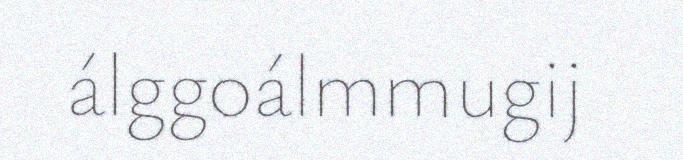
álggoálmmugij